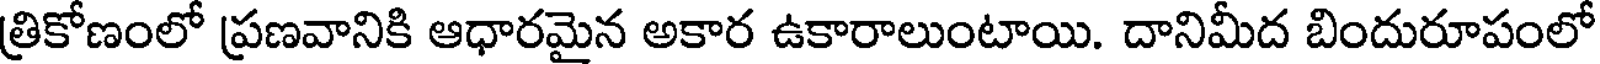
త్రికోణంలో ప్రణవానికి ఆధారమైన అకార ఉకారాలుంటాయి. దానిమీద బిందురూపంలో